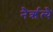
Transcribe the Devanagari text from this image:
नैर्ऋत्यै